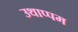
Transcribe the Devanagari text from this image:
उथाप्पम